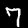
Digit: 7